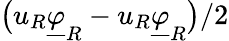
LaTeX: \big(u_{R}\underline{{\varphi}}_{R}-u_{R}\underline{{\varphi}}_{R}\big)/2